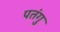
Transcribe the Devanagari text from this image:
पतंगु